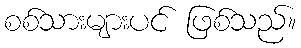
စစ်သားများပင် ဖြစ်သည်။